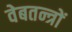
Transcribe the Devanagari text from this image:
वेबतन्त्रों